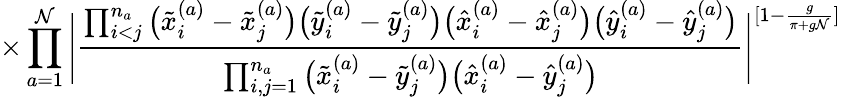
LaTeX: \times\prod_{a=1}^{\mathcal{N}}\Bigg|\frac{{\prod_{i<j}^{n_{a}}\big(\tilde{{x}}_{i}^{(a)}-\tilde{{x}}_{j}^{(a)}\big)\big(\tilde{{y}}_{i}^{(a)}-\tilde{{y}}_{j}^{(a)}\big)\big(\hat{{x}}_{i}^{(a)}-\hat{{x}}_{j}^{(a)}\big)\big(\hat{{y}}_{i}^{(a)}-\hat{{y}}_{j}^{(a)}\big)}}{{\prod_{i,j=1}^{n_{a}}\big(\tilde{{x}}_{i}^{(a)}-\tilde{{y}}_{j}^{(a)}\big)\big(\hat{{x}}_{i}^{(a)}-\hat{{y}}_{j}^{(a)}\big)}}\Bigg|^{[1-\frac{{g}}{{\pi+g\mathcal{N}}}]}